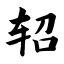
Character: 轺